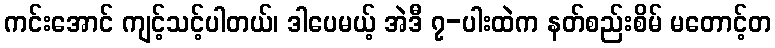
ကင်းအောင် ကျင့်သင့်ပါတယ်၊ ဒါပေမယ့် အဲဒီ ၇-ပါးထဲက နတ်စည်းစိမ် မတောင့်တ